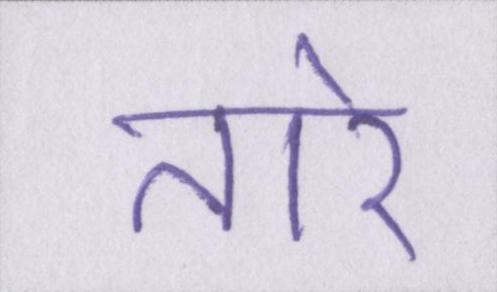
तारे